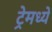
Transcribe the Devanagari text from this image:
ट्रेमध्ये